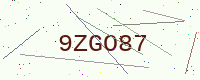
Text: 9ZGO87